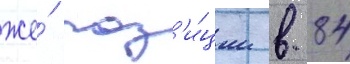
же́ поз'и́ции в 84